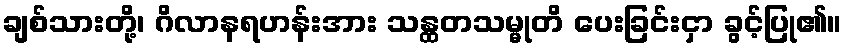
ချစ်သားတို့၊ ဂိလာနရဟန်းအား သန္ထတသမ္မုတိ ပေးခြင်းငှာ ခွင့်ပြု၏။